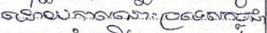
ដោយកាលនោហប្រទេសកម្ពុជា